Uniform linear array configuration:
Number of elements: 64
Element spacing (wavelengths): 0.5
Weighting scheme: binomial
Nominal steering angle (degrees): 15
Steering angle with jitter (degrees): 16.908
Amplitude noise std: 0.05
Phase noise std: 0.05

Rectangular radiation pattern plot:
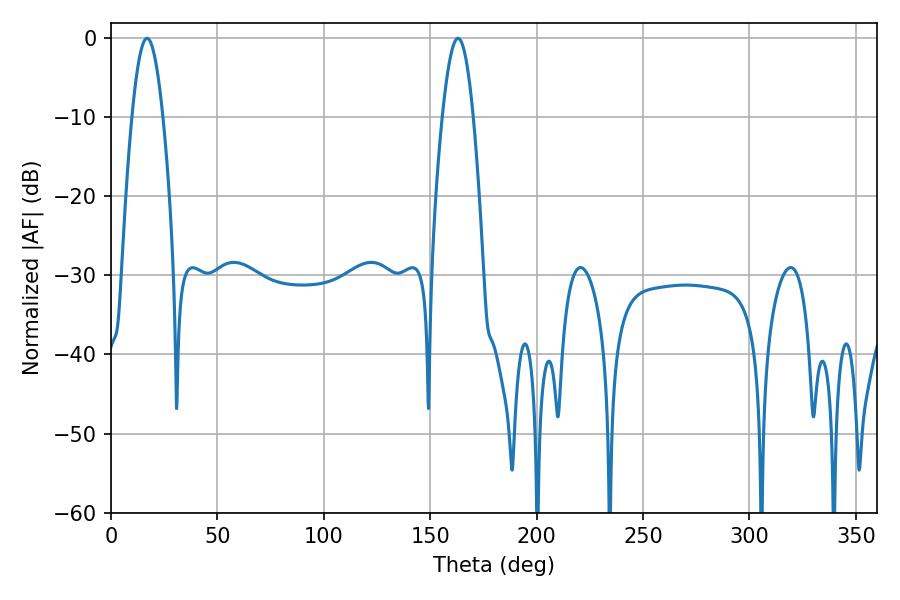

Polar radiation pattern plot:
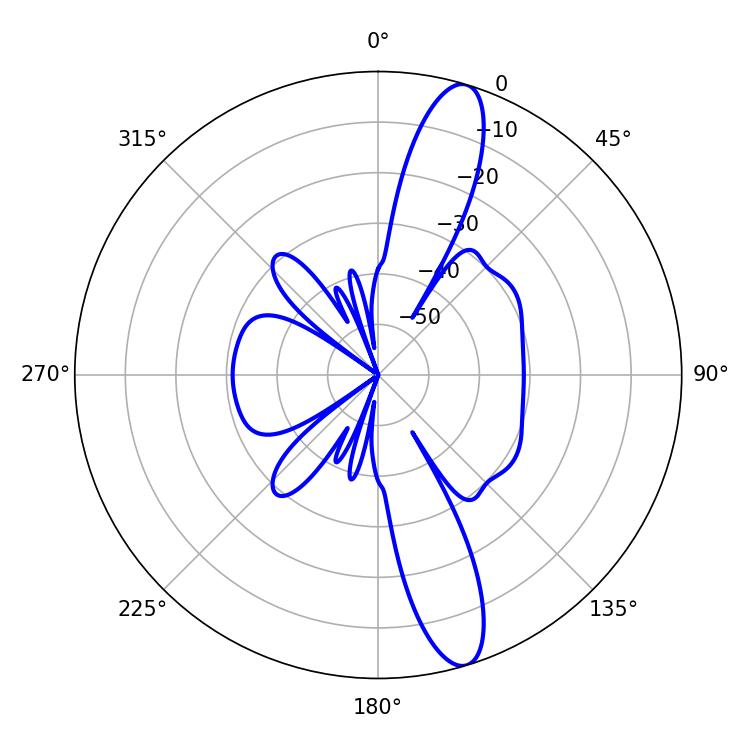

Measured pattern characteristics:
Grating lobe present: FALSE
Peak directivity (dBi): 13.567
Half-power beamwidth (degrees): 7.74
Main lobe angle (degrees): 16.92